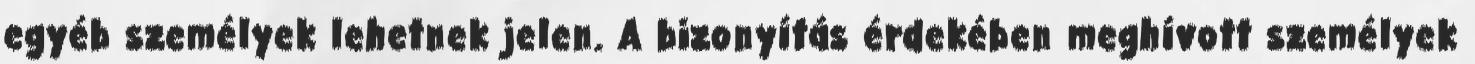
egyéb személyek lehetnek jelen. A bizonyítás érdekében meghívott személyek